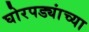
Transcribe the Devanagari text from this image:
घोरपड्यांच्या